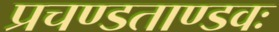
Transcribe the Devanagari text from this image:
प्रचण्डताण्डवः